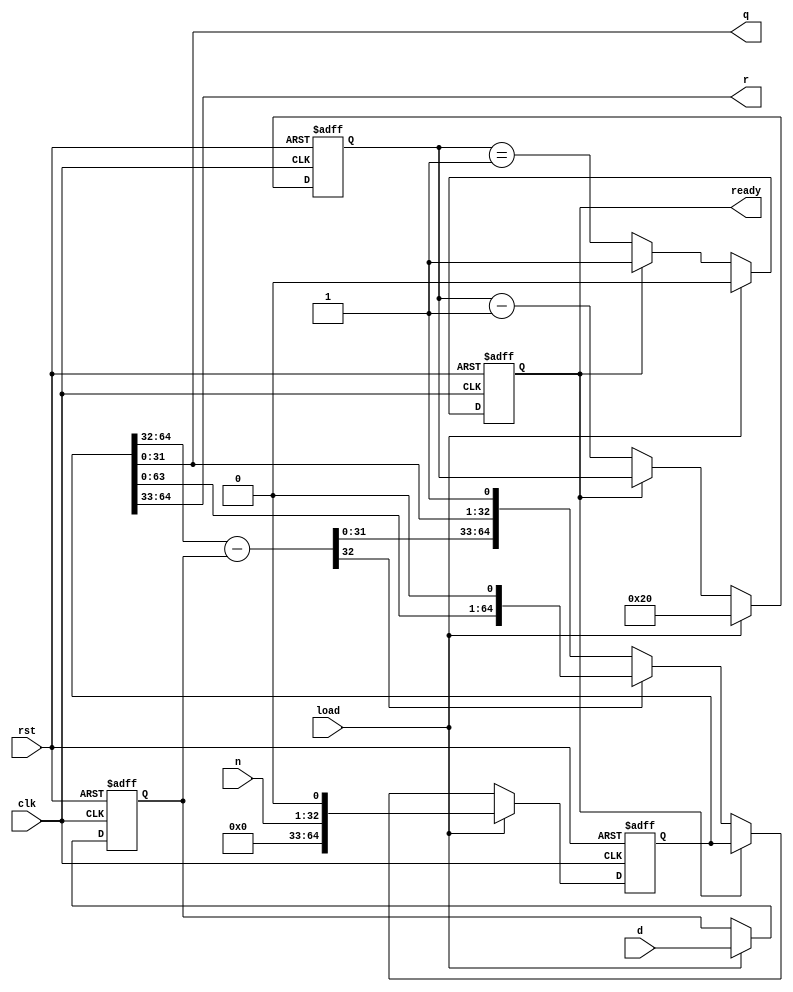
// (C) 2001-2016 Altera Corporation. All rights reserved.
// Your use of Altera Corporation's design tools, logic functions and other 
// software and tools, and its AMPP partner logic functions, and any output 
// files any of the foregoing (including device programming or simulation 
// files), and any associated documentation or information are expressly subject 
// to the terms and conditions of the Altera Program License Subscription 
// Agreement, Altera MegaCore Function License Agreement, or other applicable 
// license agreement, including, without limitation, that your use is for the 
// sole purpose of programming logic devices manufactured by Altera and sold by 
// Altera or its authorized distributors.  Please refer to the applicable 
// agreement for further details.


// $Id: $
// $Revision: $
// $Date: $
// $Author: $
//-----------------------------------------------------------------------------

// Copyright 2013 Altera Corporation. All rights reserved.  
// Altera products are protected under numerous U.S. and foreign patents, 
// maskwork rights, copyrights and other intellectual property laws.  
//
// This reference design file, and your use thereof, is subject to and governed
// by the terms and conditions of the applicable Altera Reference Design 
// License Agreement (either as signed by you or found at www.altera.com).  By
// using this reference design file, you indicate your acceptance of such terms
// and conditions between you and Altera Corporation.  In the event that you do
// not agree with such terms and conditions, you may not use the reference 
// design file and please promptly destroy any copies you have made.
//
// This reference design file is being provided on an "as-is" basis and as an 
// accommodation and therefore all warranties, representations or guarantees of 
// any kind (whether express, implied or statutory) including, without 
// limitation, warranties of merchantability, non-infringement, or fitness for
// a particular purpose, are specifically disclaimed.  By making this reference
// design file available, Altera expressly does not recommend, suggest or 
// require that this reference design file be used in combination with any 
// other product not provided by Altera.
/////////////////////////////////////////////////////////////////////////////

`timescale 1 ps / 1 ps

// baeckler - 04-13-2006
// unsigned iterative divider, 1 and 2 bit per clock
// tick versions

////////////////////////////////////////////////////
// 1 bit per tick version
////////////////////////////////////////////////////

module divider (clk,rst,load,n,d,q,r,ready) /* synthesis ALTERA_ATTRIBUTE = "-name MUX_RESTRUCTURE OFF" */;

function integer log2;
  input integer val;
  begin
	 log2 = 0;
	 while (val > 0) begin
	    val = val >> 1;
		log2 = log2 + 1;
	 end
  end
endfunction


parameter WIDTH_N = 32;
parameter WIDTH_D = 32;
localparam LOG2_WIDTH_N = log2(WIDTH_N);
localparam MIN_ND = (WIDTH_N <WIDTH_D ? WIDTH_N : WIDTH_D);

input clk,rst;

input load;					// load the numer and denominator
input [WIDTH_N-1:0] n;		// numerator
input [WIDTH_D-1:0] d;		// denominator
output [WIDTH_N-1:0] q;		// quotient
output [WIDTH_D-1:0] r;		// remainder
output ready;				// Q and R are valid now.

reg [WIDTH_N + MIN_ND : 0] working;
reg [WIDTH_D-1 : 0] denom;

wire [WIDTH_N-1:0] lower_working = working [WIDTH_N-1:0];
wire [MIN_ND:0] upper_working = working [WIDTH_N + MIN_ND : WIDTH_N];

wire [WIDTH_D:0] sub_result = upper_working - denom;
wire sub_result_neg = sub_result[WIDTH_D];

reg [LOG2_WIDTH_N:0] cntr = {(LOG2_WIDTH_N+1){1'b0}};
reg cntr_zero = 1'b0;
assign ready = cntr_zero;

always @(posedge clk or posedge rst) begin
	if (rst) begin
		working <= 0;
		denom <= 0;
		cntr <= 0;
		cntr_zero <= 1'b1;
	end
	else begin
		if (load) begin
			working <= {{WIDTH_D{1'b0}},n,1'b0};
			cntr <= WIDTH_N[LOG2_WIDTH_N:0];
			cntr_zero <= 1'b0;
			denom <= d;
		end
		else begin
			if (!cntr_zero) begin
				cntr <= cntr - 1'b1;
				working <= sub_result_neg ? {working[WIDTH_N+MIN_ND-1:0],1'b0} :
						{sub_result[WIDTH_D-1:0],lower_working,1'b1};
				cntr_zero <= (cntr == {{LOG2_WIDTH_N{1'b0}},1'b1});
			end
			else begin
				cntr_zero <= 1'b1;
			end
		end
	end
end

assign q = lower_working;
assign r = upper_working[WIDTH_D:1];

endmodule


// PREVMARK INFO :  5SGXEA7N2F45C2ES
// PREVMARK INFO :  Total registers : 104
// PREVMARK INFO :  Total pins : 132
// PREVMARK INFO :  Total virtual pins : 0
// PREVMARK INFO :  Total block memory bits : 0
// PREVMARK INFO :  Worst setup path @ 468.75MHz : 0.068 ns, From working[46], To working[61]}
// PREVMARK INFO :  Worst setup path @ 468.75MHz : -0.103 ns, From working[52], To working[52]}
// PREVMARK INFO :  Worst setup path @ 468.75MHz : 0.250 ns, From working[47], To working[47]}

// BENCHMARK INFO :  5SGXEA7N2F45C2
// BENCHMARK INFO :  Max depth :  5.2 LUTs
// BENCHMARK INFO :  Total registers : 105
// BENCHMARK INFO :  Total pins : 132
// BENCHMARK INFO :  Total virtual pins : 0
// BENCHMARK INFO :  Total block memory bits : 0
// BENCHMARK INFO :  Comb ALUTs :                         ; 110             ;       ;
// BENCHMARK INFO :  ALMs : 57 / 234,720 ( < 1 % )
// BENCHMARK INFO :  Worst setup path @ 468.75MHz : 0.132 ns, From working[52], To working[34]}
// BENCHMARK INFO :  Worst setup path @ 468.75MHz : 0.349 ns, From working[52], To working[41]}
// BENCHMARK INFO :  Worst setup path @ 468.75MHz : 0.288 ns, From working[52], To working[34]}